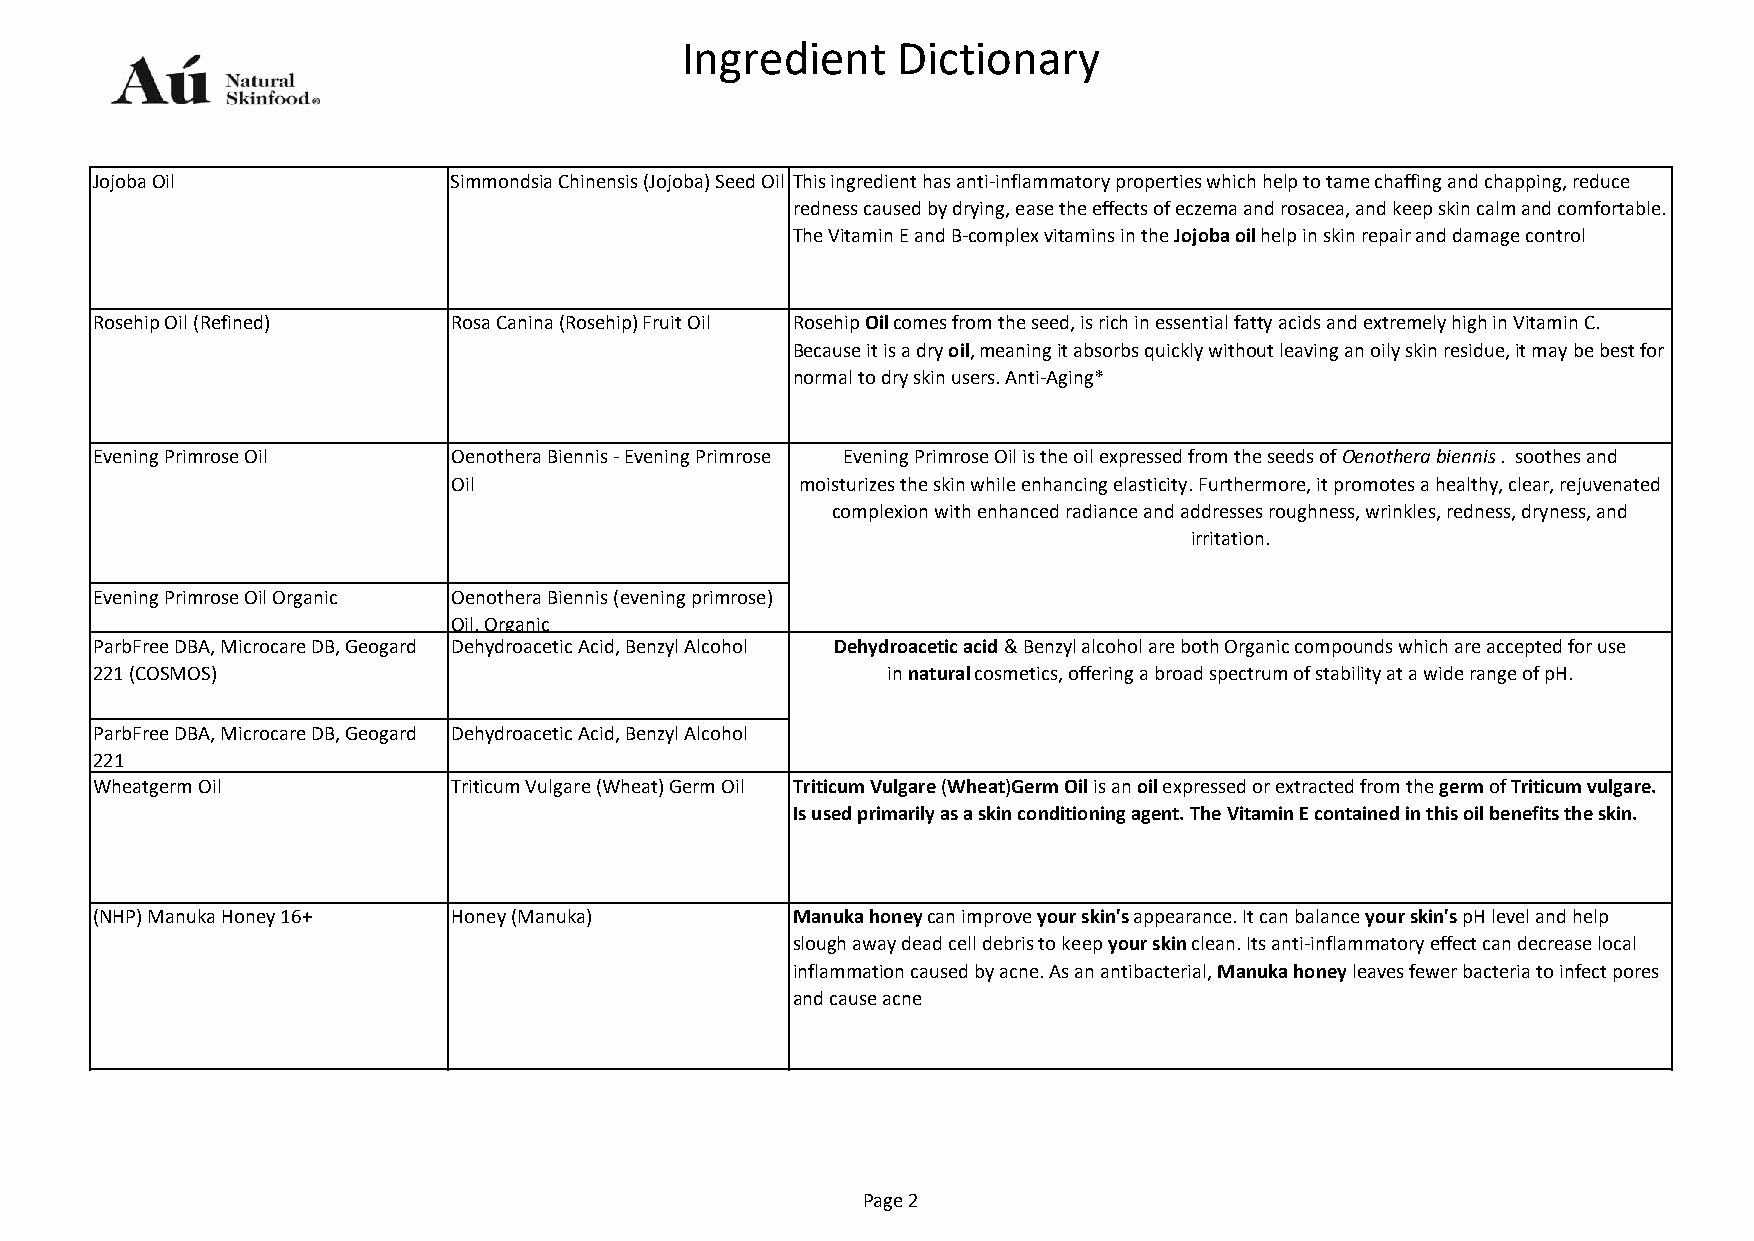
Ingredient    Dictionary
 Jojoba Oil              Simmondsia Chinensis (Jojoba) Seed Oil This ingredient has anti-inflammatory properties which help to tame chaffing and chapping, reduce
 redness caused by drying, ease the effects of eczema and rosacea, and keep skin calm and comfortable.
 The Vitamin E and B-complex vitamins in the Jojoba oil help in skin repair and damage control
 Rosehip Oil (Refined)   Rosa Canina (Rosehip) Fruit Oil Rosehip Oil comes from the seed, is rich in essential fatty acids and extremely high in Vitamin C.
 Because it is a dry oil, meaning it absorbs quickly without leaving an oily skin residue, it may be best for
 normal to dry skin users. Anti-Aging*
 Evening Primrose Oil    Oenothera Biennis - Evening Primrose Evening Primrose Oil is the oil expressed from the seeds of Oenothera biennis. soothes and
 Oil                    moisturizes the skin while enhancing elasticity. Furthermore, it promotes a healthy, clear, rejuvenated
 complexion with enhanced radiance and addresses roughness, wrinkles, redness, dryness, and
 irritation.
 Evening Primrose Oil Organic Oenothera Biennis (evening primrose)
 Oil, Organic
 ParbFree DBA, Microcare DB, Geogard Dehydroacetic Acid, Benzyl Alcohol Dehydroacetic acid & Benzyl alcohol are both Organic compounds which are accepted for use
 221 (COSMOS)                                         in natural cosmetics, offering a broad spectrum of stability at a wide range of pH.
 ParbFree DBA, Microcare DB, Geogard Dehydroacetic Acid, Benzyl Alcohol
 221
 Wheatgerm Oil           Triticum Vulgare (Wheat) Germ Oil Triticum Vulgare (Wheat)Germ Oil is an oil expressed or extracted from the germ of Triticum vulgare.
 Is used primarily as a skin conditioning agent. The Vitamin E contained in this oil benefits the skin.
 (NHP) Manuka Honey 16+  Honey (Manuka)        Manuka honey can improve your skin's appearance. It can balance your skin's pH level and help
 slough away dead cell debris to keep your skin clean. Its anti-inflammatory effect can decrease local
 inflammation caused by acne. As an antibacterial, Manuka honey leaves fewer bacteria to infect pores
 and cause acne
 Page 2